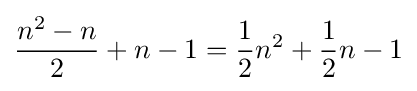
{{n^{2}-n} \over 2}+n-1={1 \over 2}n^{2}+{1 \over 2}n-1